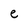
Character: e